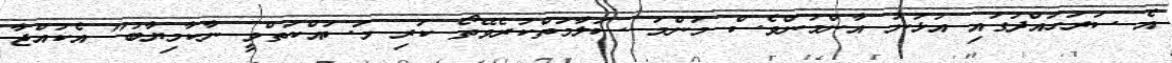
އެ ސަރަހައްދުގައި އުޅުނު އާންމުންވެސް މަންމަ ސަލާމަތްކުރެވޭތޯ ކުރި މަސައްކަތްވީ ނާކާމިޔާބު" އެކުއްޖާ